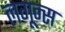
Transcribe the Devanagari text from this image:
लगून्स